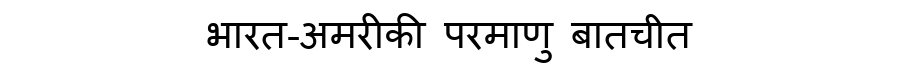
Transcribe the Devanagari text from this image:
भारत-अमरीकी परमाणु बातचीत